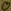
Text: 0